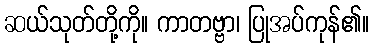
ဆယ်သုတ်တို့ကို။ ကာတဗ္ဗာ၊ ပြုအပ်ကုန်၏။